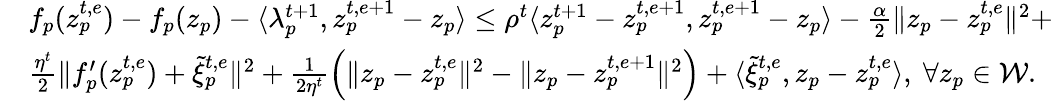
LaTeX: \begin{array}{rl}&{f_{p}(z_{p}^{t,e})-f_{p}(z_{p})-\langle\lambda_{p}^{t+1},z_{p}^{t,e+1}-z_{p}\rangle\leq\rho^{t}\langle z_{p}^{t+1}-z_{p}^{t,e+1},z_{p}^{t,e+1}-z_{p}\rangle-\frac{\alpha}{2}\| z_{p}-z_{p}^{t,e}\| ^{2}+}\\ &{\frac{\eta^{t}}{2}\| f_{p}^{\prime}(z_{p}^{t,e})+\tilde{\xi}_{p}^{t,e}\| ^{2}+\frac{1}{2\eta^{t}}\Big(\| z_{p}-z_{p}^{t,e}\| ^{2}-\| z_{p}-z_{p}^{t,e+1}\| ^{2}\Big)+\langle\tilde{\xi}_{p}^{t,e},z_{p}-z_{p}^{t,e}\rangle,\ \forall z_{p}\in\mathcal{W}.}\end{array}